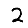
Digit: 2